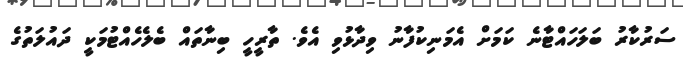
ސަރުކާރު ބަލަހައްޓާނެ ކަމަށް އެމަނިކުފާނު ވިދާޅުވި އެވެ. ތާރީހީ ބިނާތައް ބެލެހެއްޓުމަކީ ދައުލަތުގެ